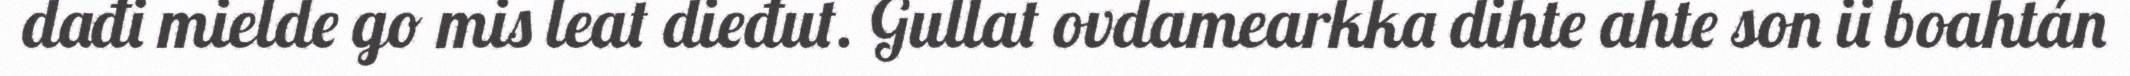
dađi mielde go mis leat dieđut. Gullat ovdamearkka dihte ahte son ii boahtán